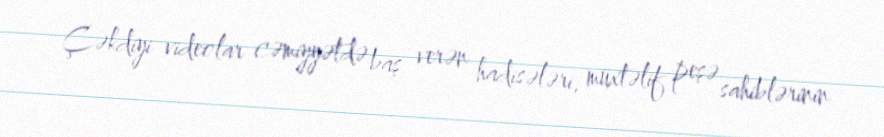
Çəkdiyi videolar cəmiyyətdə baş verən hadisələri, müxtəlif peşə sahiblərinin